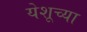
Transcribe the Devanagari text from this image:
येशूच्‍या